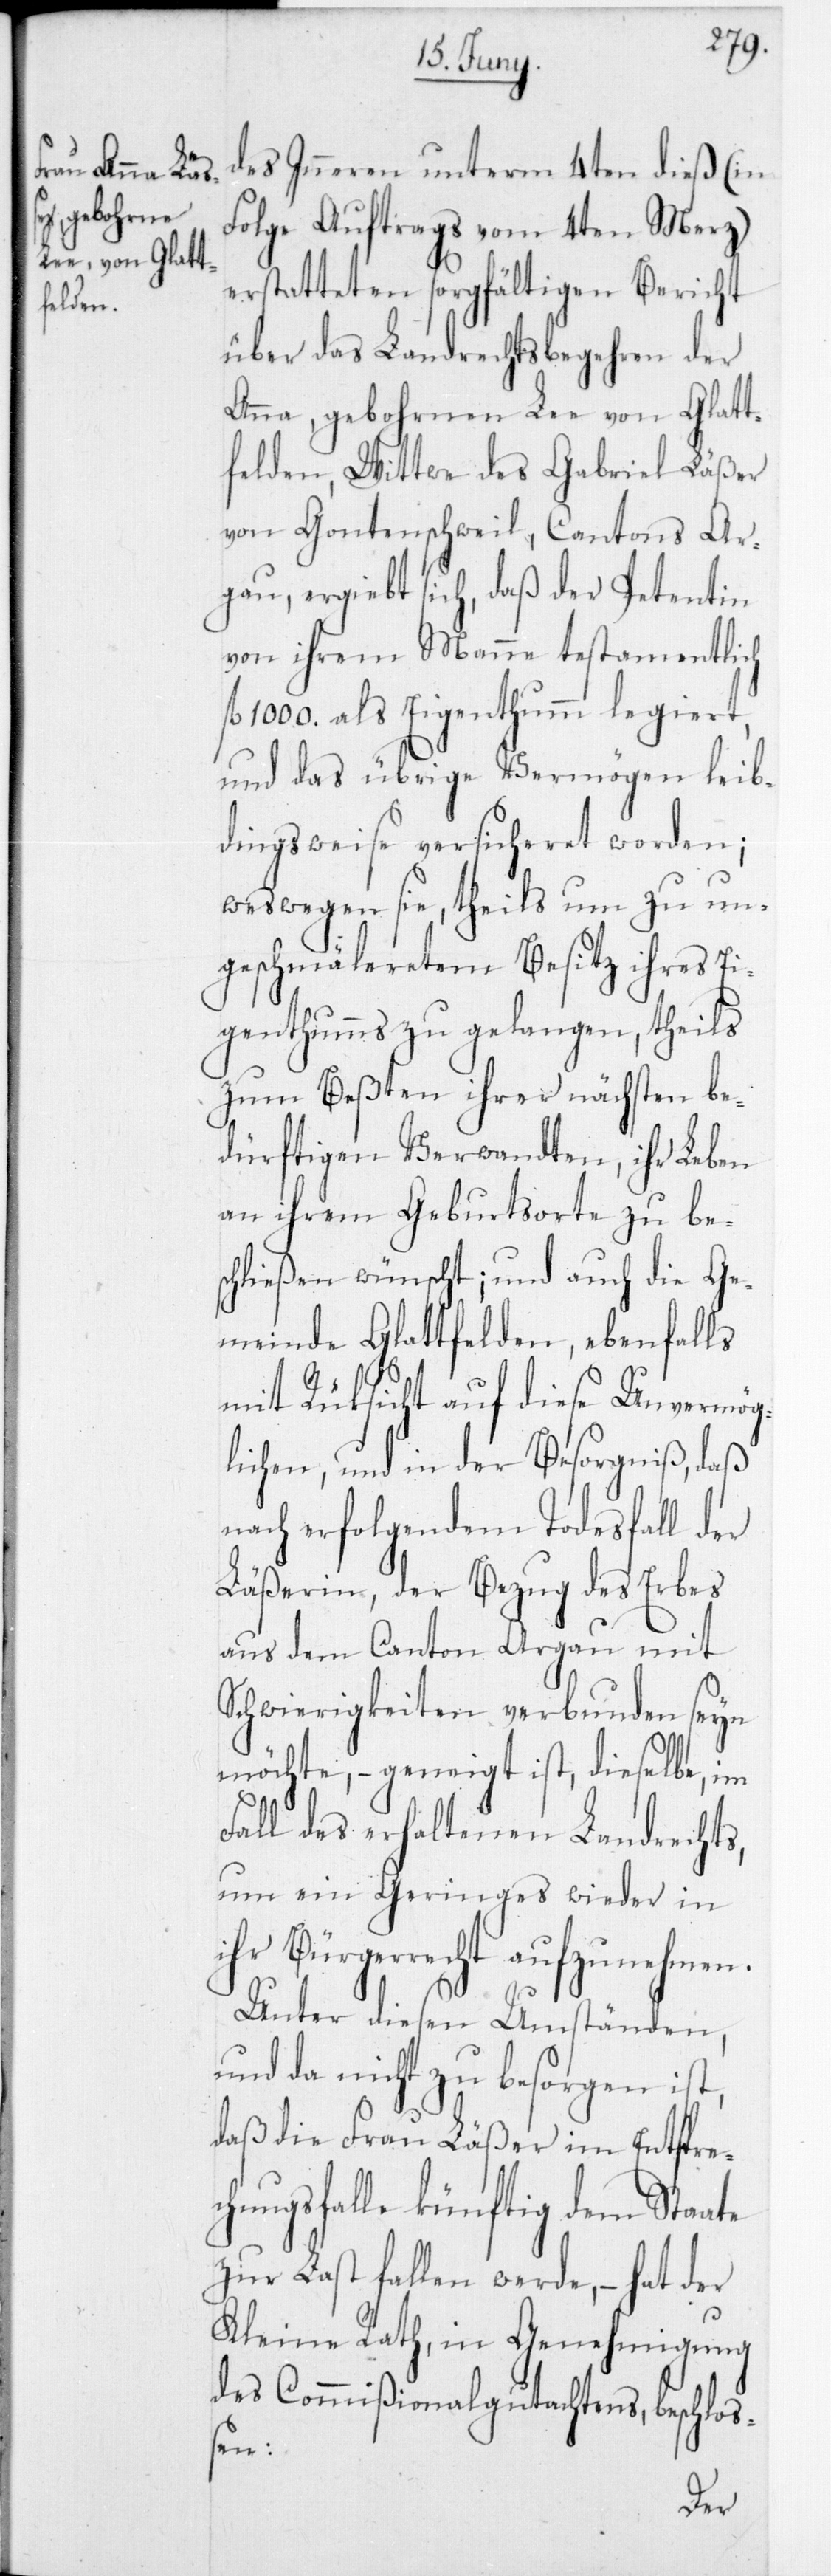
des Inneren unterm 4ten dieß (in
Folge Auftrags vom 4ten Merz)
erstatteten sorgfältigen Bericht
über das Landrechtsbegehren der
Anna, gebohrnen Lee von Glatt¬
felden, Wittwe des Gabriel Läßer
von Gontenschweil, Cantons Ar¬
gau, ergiebt sich, daß der Petentin
von ihrem Manne testamentlich
1000 als Eigenthumm legiert,
und das übrige Vermögen leib¬
dingsweise versichertet worden;
weßwegen sie, theils um zu un¬
geschmäleretem Besitz ihres Ei¬
genthumms zu gelangen, theils
zum Beßten ihrer nächsten be¬
dürftigen Verwandten, ihr Leben
an ihrem Geburstorte zu be¬
schließen wünscht; und auch die Ge¬
meinde Glattfelden, ebenfalls
mit Rücksicht auf diese Unvermög¬
lichen, und in der Besorgniß, daß
nach erfolgendem Todesfall der
Läßerin, der Bezug des Erbes
aus dem Canton Argau mit
Schwierigkeiten verbunden seyn
möchte, – geneigt ist, dieselbe, im
Fall des erhaltenen Landrechts,
um ein Geringes wieder in
ihr Bürgerrecht aufzunehmen.
Unter diesen Umständen,
und da nicht zu besorgen ist,
daß die Frau Läßer im Entsprec¬
hungsfalle künftig dem Staate
zur Last fallen werde, – hat der
Kleine Rath, in Genehmigung
des Commißionalgutachtens, beschloß¬
en: